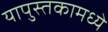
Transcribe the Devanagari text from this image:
यापुस्तकामध्ये